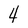
Character: 4